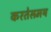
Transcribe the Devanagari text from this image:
करतेसमय